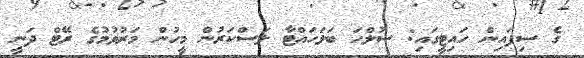
ގެ ސިފައިން ހައިޓީގައި: ސުލްހަ ބަލަހައްޓާ ލަސްކަރުން މީހުން މަރުވުމުގެ ރޭޓް ދަނީ